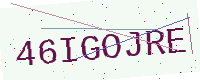
Text: 46IGOJRE